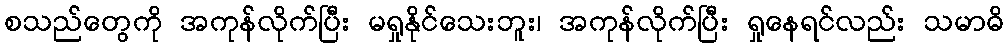
စသည်တွေကို အကုန်လိုက်ပြီး မရှုနိုင်သေးဘူး၊ အကုန်လိုက်ပြီး ရှုနေရင်လည်း သမာဓိ